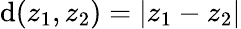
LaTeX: \operatorname{d}(z_{1},z_{2})=|z_{1}-z_{2}|